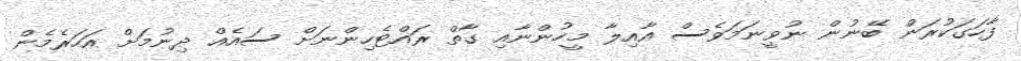
ފާހަގަކުރަން ބޭނުން ނުވީނަމަވެސް އާއިލާ މީހުންނާއި ގާތް ރައްޓެހިންނަށް ސައެއް ދިނުމަށް އަހަރެމެން